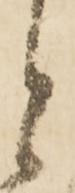
と